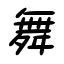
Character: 舞